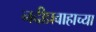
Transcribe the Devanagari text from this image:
नदीप्रवाहाच्या